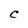
Character: C